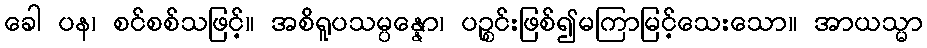
ခေါ ပန၊ စင်စစ်သဖြင့်။ အစိရူပသမ္ပန္နော၊ ပဉ္စင်းဖြစ်၍မကြာမြင့်သေးသော။ အာယသ္မာ